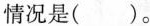
情况是（ ）。